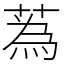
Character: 蒍